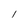
Character: I